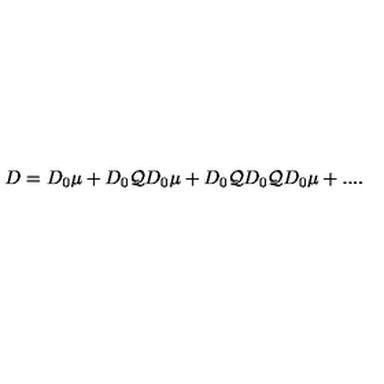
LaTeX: D = D _ { 0 } \mu + D _ { 0 } { \mathcal Q } D _ { 0 } \mu + D _ { 0 } { \mathcal Q } D _ { 0 } { \mathcal Q } D _ { 0 } \mu + . . . .